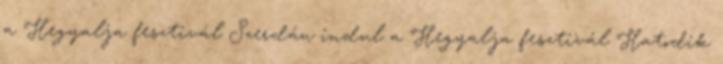
a Hegyalja fesztivál Szerdán indul a Hegyalja fesztivál Hatodik